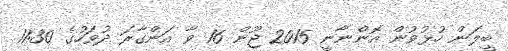
ބީލަން ހުޅުވުން އޮންނާނީ 2015 ޖޫން 16 ވާ އަންގާރަ ދުވަހުގެ 11:30